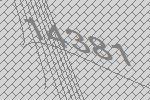
14381